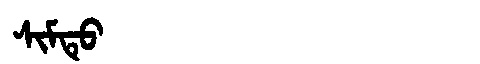
Manchu: ᠰᡳᠮᡨᡠ
Romanization: SIMTU